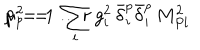
\mu _ { p } ^ { 2 } \ = \ \sum _ { i } \, g _ { i } ^ { 2 } \, \bar { \delta } _ { i } ^ { p } \bar { \delta } _ { i } ^ { p } \, M _ { P l } ^ { 2 } \hspace { 2 c m } p \, = \, 1 \ldots r